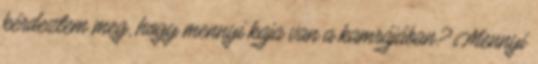
kérdeztem meg, hogy mennyi kaja van a kamrájában? Mennyi